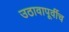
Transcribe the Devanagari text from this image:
उठावापूर्वीच